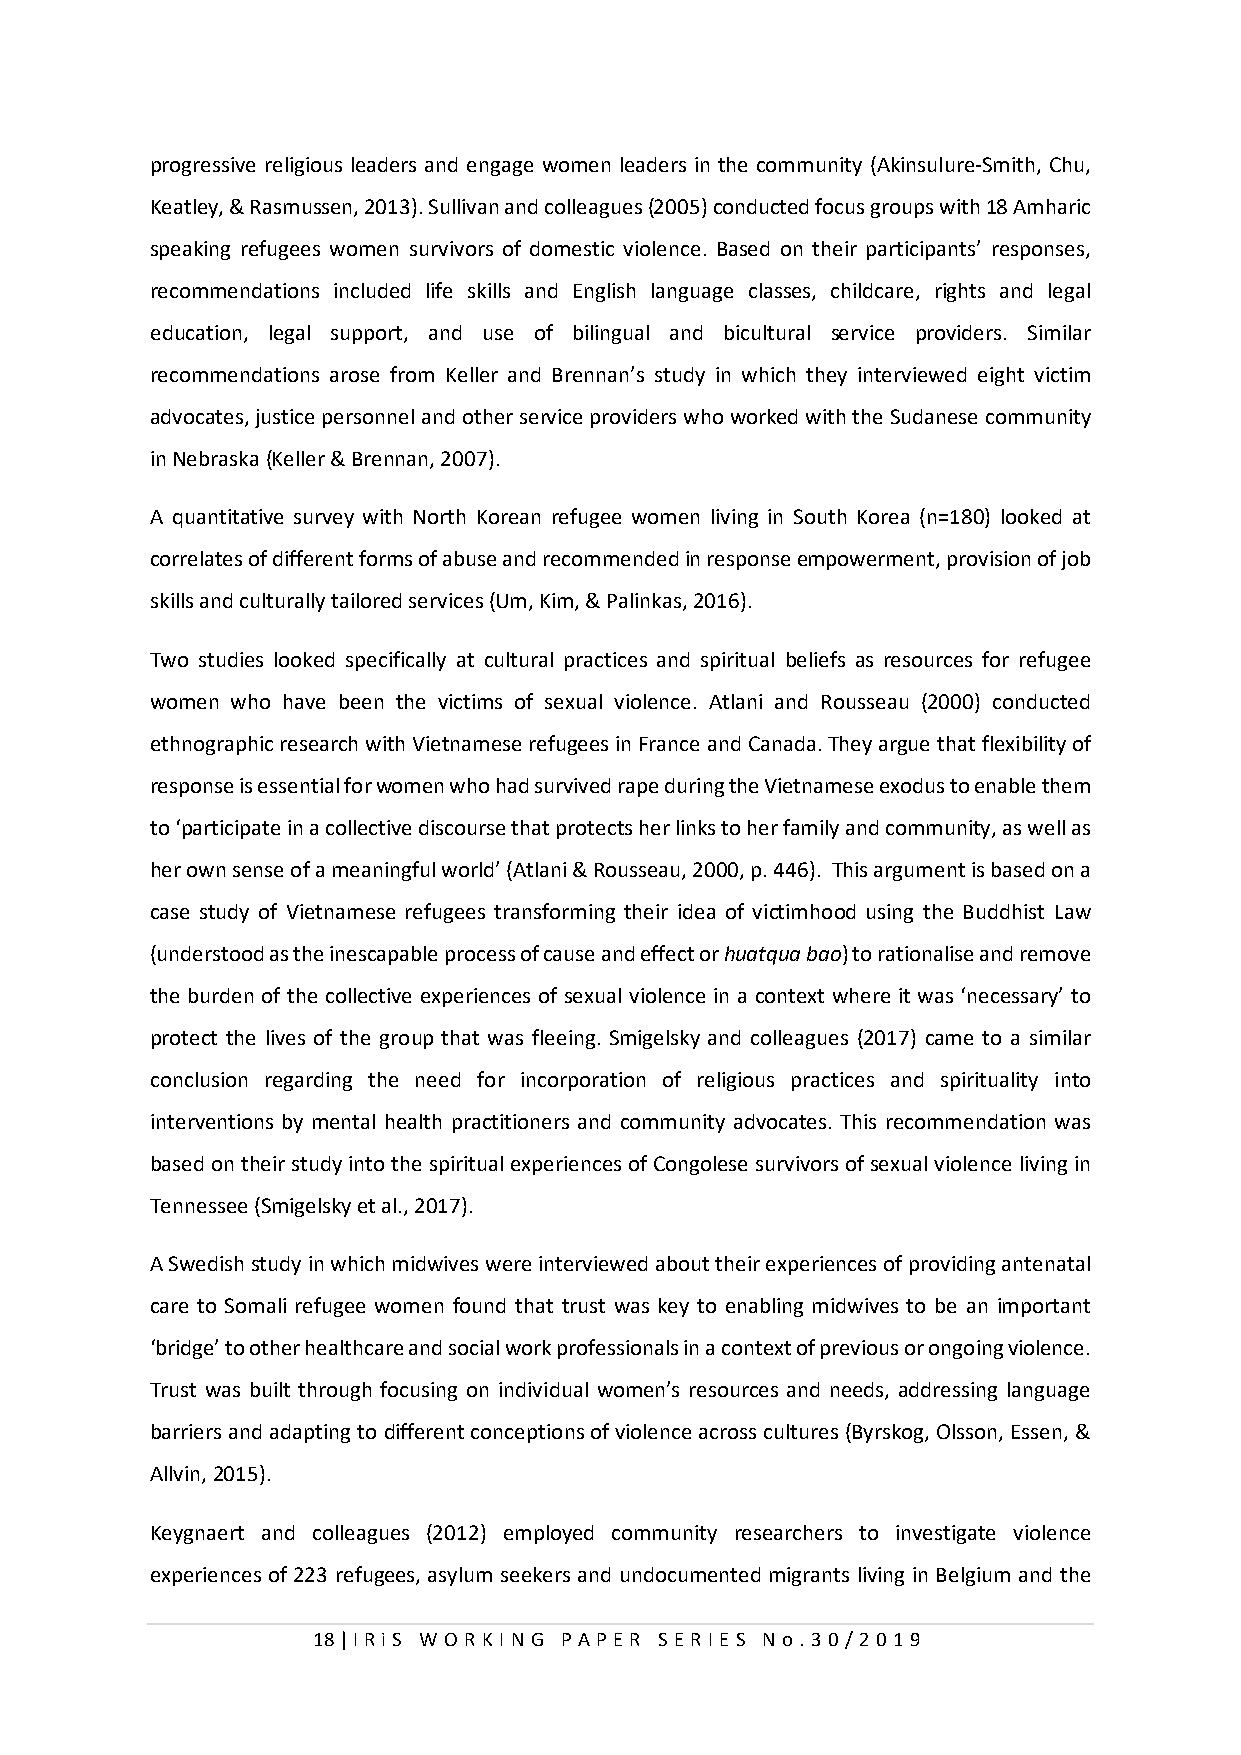
progressive religious leaders and engage women leaders in the community (Akinsulure-Smith, Chu,
 Keatley, & Rasmussen, 2013). Sullivan and colleagues (2005) conducted focus groups with 18 Amharic
 speaking refugees women survivors of domestic violence. Based on their participants’ responses,
 recommendations included life skills and English language classes, childcare, rights and legal
 education, legal support, and use of bilingual and bicultural service providers. Similar
 recommendations arose from Keller and Brennan’s study in which they interviewed eight victim
 advocates, justice personnel and other service providers who worked with the Sudanese community
 in Nebraska (Keller & Brennan, 2007).
 A quantitative survey with North Korean refugee women living in South Korea (n=180) looked at
 correlates of different forms of abuse and recommended in response empowerment, provision of job
 skills and culturally tailored services (Um, Kim, & Palinkas, 2016).
 Two studies looked specifically at cultural practices and spiritual beliefs as resources for refugee
 women who have been the victims of sexual violence. Atlani and Rousseau (2000) conducted
 ethnographic research with Vietnamese refugees in France and Canada. They argue that flexibility of
 response is essential for women who had survived rape during the Vietnamese exodus to enable them
 to ‘participate in a collective discourse that protects her links to her family and community, as well as
 her own sense of a meaningful world’ (Atlani & Rousseau, 2000, p. 446). This argument is based on a
 case study of Vietnamese refugees transforming their idea of victimhood using the Buddhist Law
 (understood as the inescapable process of cause and effect or huatqua bao) to rationalise and remove
 the burden of the collective experiences of sexual violence in a context where it was ‘necessary’ to
 protect the lives of the group that was fleeing. Smigelsky and colleagues (2017) came to a similar
 conclusion regarding the need for incorporation of religious practices and spirituality into
 interventions by mental health practitioners and community advocates. This recommendation was
 based on their study into the spiritual experiences of Congolese survivors of sexual violence living in
 Tennessee (Smigelsky et al., 2017).
 A Swedish study in which midwives were interviewed about their experiences of providing antenatal
 care to Somali refugee women found that trust was key to enabling midwives to be an important
 ‘bridge’ to other healthcare and social work professionals in a context of previous or ongoing violence.
 Trust was built through focusing on individual women’s resources and needs, addressing language
 barriers and adapting to different conceptions of violence across cultures (Byrskog, Olsson, Essen, &
 Allvin, 2015).
 Keygnaert and colleagues (2012) employed community researchers to investigate violence
 experiences of 223 refugees, asylum seekers and undocumented migrants living in Belgium and the
 18 | I RiS W O RKI N G P AP E R SE RI E S N o . 30/201 9